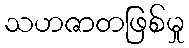
သဟဇာတဖြစ်မှု